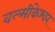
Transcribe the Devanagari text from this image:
वल्मीकेश्वर